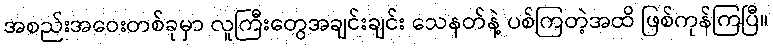
အစည်းအဝေးတစ်ခုမှာ လူကြီးတွေအချင်းချင်း သေနတ်နဲ့ ပစ်ကြတဲ့အထိ ဖြစ်ကုန်ကြပြီ။